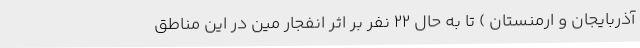
آذربایجان و ارمنستان ) تا به حال ۲۲ نفر بر اثر انفجار مین در این مناطق